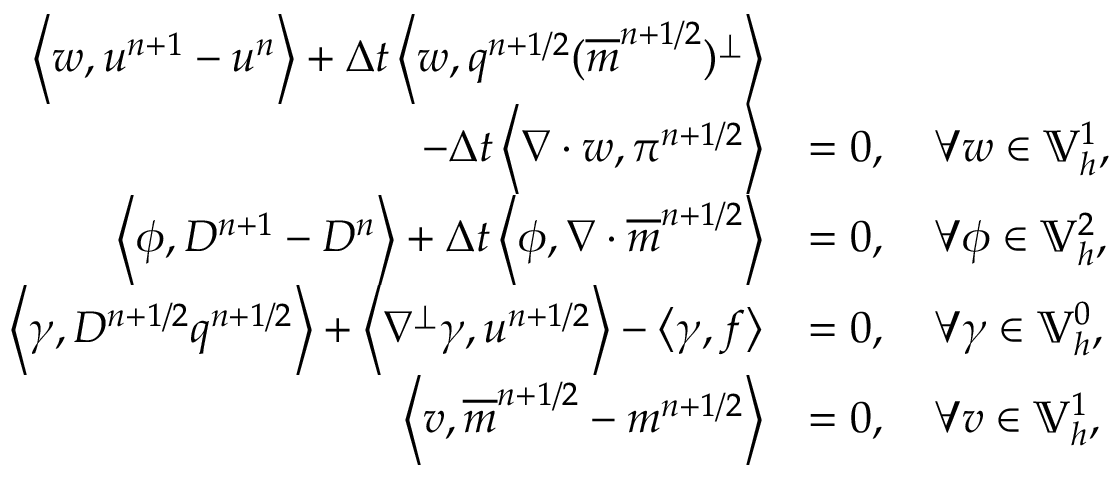
\begin{array} { r l } { \left\langle w , u ^ { n + 1 } - u ^ { n } \right\rangle + \Delta t \left\langle w , q ^ { n + 1 / 2 } ( \overline { { m } } ^ { n + 1 / 2 } ) ^ { \perp } \right\rangle } & { } \\ { \qquad - \Delta t \left\langle \nabla \cdot w , \pi ^ { n + 1 / 2 } \right\rangle } & { = 0 , \quad \forall w \in \mathbb { V } _ { h } ^ { 1 } , } \\ { \left\langle \phi , D ^ { n + 1 } - D ^ { n } \right\rangle + \Delta t \left\langle \phi , \nabla \cdot \overline { { m } } ^ { n + 1 / 2 } \right\rangle } & { = 0 , \quad \forall \phi \in \mathbb { V } _ { h } ^ { 2 } , } \\ { \left\langle \gamma , D ^ { n + 1 / 2 } q ^ { n + 1 / 2 } \right\rangle + \left\langle \nabla ^ { \perp } \gamma , u ^ { n + 1 / 2 } \right\rangle - \left\langle \gamma , f \right\rangle } & { = 0 , \quad \forall \gamma \in \mathbb { V } _ { h } ^ { 0 } , } \\ { \left\langle v , \overline { { m } } ^ { n + 1 / 2 } - m ^ { n + 1 / 2 } \right\rangle } & { = 0 , \quad \forall v \in \mathbb { V } _ { h } ^ { 1 } , } \end{array}